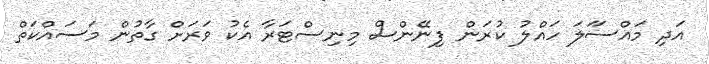
އަދި މައްސަަލަ ހައްލު ކުރަން ފިނޭންސް މިނިސްޓަރާ އެކު ވަރަށް ގާތުން މަސައްކަތް